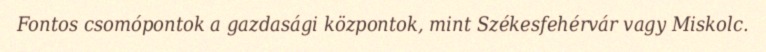
Fontos csomópontok a gazdasági központok, mint Székesfehérvár vagy Miskolc.